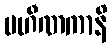
ပဟီဏကာနိ